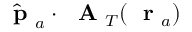
\hat { \mathrm { ~ \bf ~ p ~ } } _ { a } \cdot \mathrm { ~ \bf ~ A ~ } _ { T } ( \mathrm { ~ \bf ~ r ~ } _ { a } )